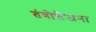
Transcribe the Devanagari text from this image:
तंत्रोत्तेजना